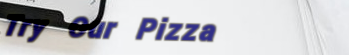
Try Our Pizza